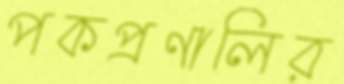
পকপ্রণালির